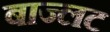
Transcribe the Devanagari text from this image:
बाज्लट